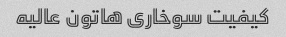
کیفیت سوخاری هاتون عالیه